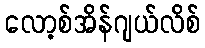
လော့စ်အိန်ဂျယ်လိစ်